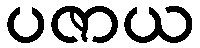
ပဇာယ